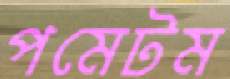
পমেটম